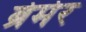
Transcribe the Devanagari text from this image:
ब्रेमेर